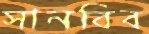
সানবিব